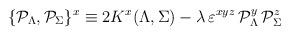
LaTeX: \begin{align*}\{{\cal P}_\Lambda, {\cal P}_\Sigma\}^x \equiv 2 K^x (\Lambda,\Sigma) - { {\lambda}} \, \varepsilon^{xyz} \,{\cal P}_\Lambda^y \, {\cal P}_\Sigma^z\end{align*}